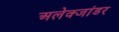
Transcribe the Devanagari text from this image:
अलेक्जांडर